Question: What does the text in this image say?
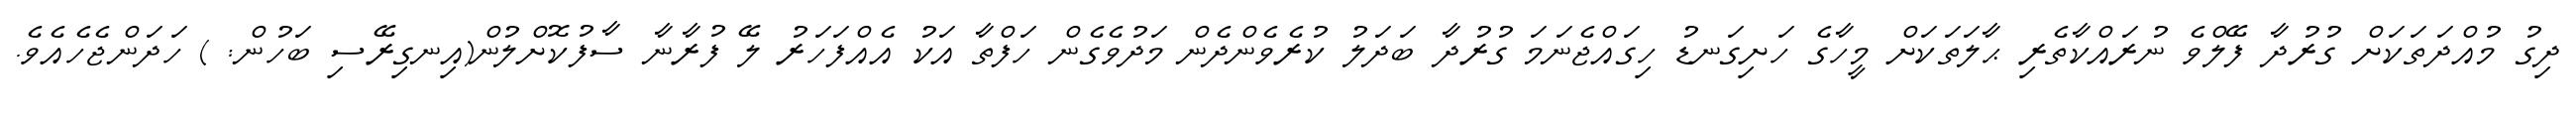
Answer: ދިގު މުއްދަތަކަށް ގުރުދާ ފޭލްވެ ނުރައްކާތެރި ޙާލަތަކަށް މީހާގެ ހަށިގަނޑު ހިގައްޖެނަމަ ގުރުދާ ބަދަލު ކުރެވެންދެން މަދުވެގެން ހަފްތާ އަކު އެއްފަހަރު ލޭ ފުރާނާ ސާފުކޮށްލުން(އިނގިރޭސި ބަހުން: ) ހަދަންޖެހެއެވެ.